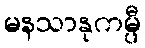
မနသာနုကမ္ပီ